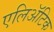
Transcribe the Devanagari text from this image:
एलिअॅटिक